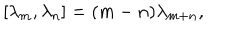
[ \lambda _ { m } , \lambda _ { n } ] = ( m - n ) \lambda _ { m + n } ,